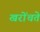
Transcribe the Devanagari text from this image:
खरोंचते